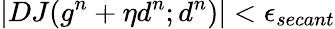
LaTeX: |DJ(g^{n}+\eta d^{n};d^{n})|<\epsilon_{secant}